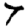
Digit: 7